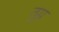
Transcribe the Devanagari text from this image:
तुग्न